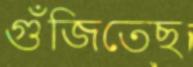
গুঁজিতেছ